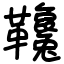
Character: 䪌